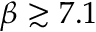
\beta \gtrsim 7 . 1